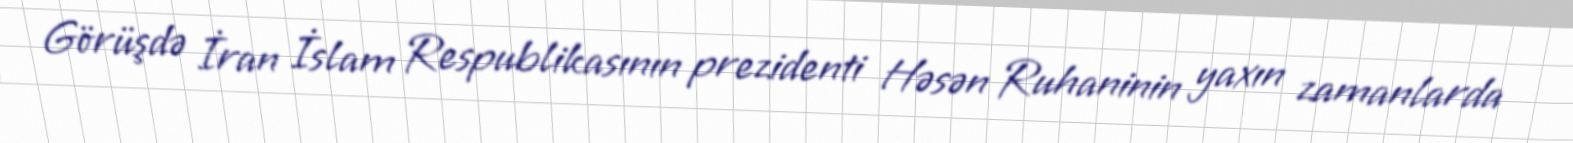
Görüşdə İran İslam Respublikasının prezidenti Həsən Ruhaninin yaxın zamanlarda